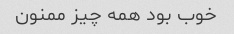
خوب بود همه چیز ممنون